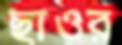
ছাওর